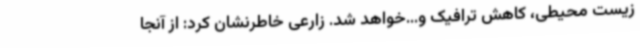
زیست محیطی، کاهش ترافیک و...خواهد شد. زارعی خاطرنشان کرد: از آنجا